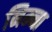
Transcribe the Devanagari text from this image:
निम्ना